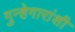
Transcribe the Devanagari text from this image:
गुन्हेगारांशी